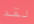
لقد